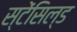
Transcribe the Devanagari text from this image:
स्टेंसिल्ड